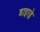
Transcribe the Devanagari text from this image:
डाइरड्रे